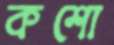
কশো